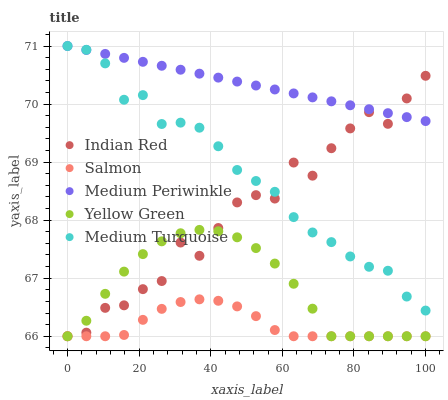
| xaxis_label | Indian Red | Salmon | Medium Periwinkle | Yellow Green | Medium Turquoise |
 | --- | --- | --- | --- | --- | --- |
 | 0 | 66 | 66 | 71 | 66 | 71 |
 | 5.26 | 66.1 | 66 | 70.9 | 66.3 | 70.9 |
 | 10.5 | 66.5 | 66 | 70.9 | 66.7 | 70.7 |
 | 15.8 | 66.5 | 66 | 70.8 | 67.1 | 70.1 |
 | 21.1 | 66.8 | 66.3 | 70.7 | 67.4 | 70.2 |
 | 26.3 | 67 | 66.5 | 70.7 | 67.6 | 69.7 |
 | 31.6 | 67.6 | 66.6 | 70.6 | 67.8 | 69.7 |
 | 36.8 | 67.4 | 66.6 | 70.5 | 67.8 | 69.6 |
 | 42.1 | 67.9 | 66.6 | 70.5 | 67.8 | 69.3 |
 | 47.4 | 68.3 | 66.5 | 70.4 | 67.7 | 68.9 |
 | 52.6 | 68.4 | 66.3 | 70.3 | 67.5 | 68.7 |
 | 57.9 | 68.4 | 66.1 | 70.3 | 67.3 | 68.5 |
 | 63.2 | 69 | 66 | 70.2 | 66.9 | 68.1 |
 | 68.4 | 68.8 | 66 | 70.1 | 66.5 | 67.8 |
 | 73.7 | 69.2 | 66 | 70 | 66 | 67.6 |
 | 78.9 | 69.6 | 66 | 70 | 66 | 67.4 |
 | 84.2 | 69.9 | 66 | 69.9 | 66 | 67.2 |
 | 89.5 | 69.7 | 66 | 69.8 | 66 | 67.1 |
 | 94.7 | 70.1 | 66 | 69.8 | 66 | 66.7 |
 | 100 | 70.5 | 66 | 69.7 | 66 | 66.4 |